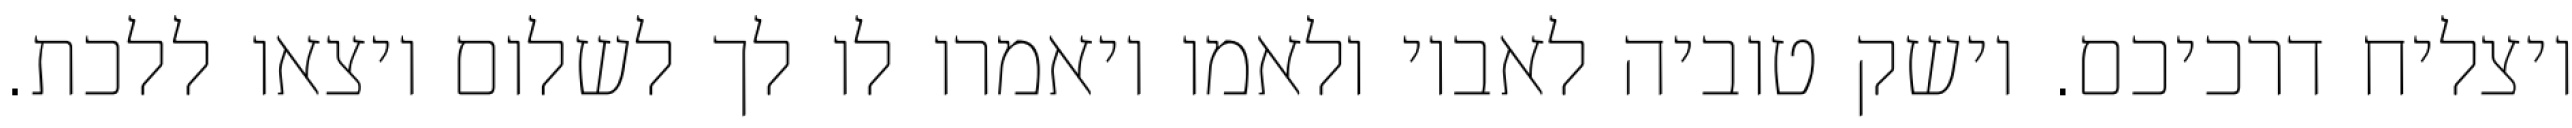
ויצליח דרכיכם. וישק טוביה לאביו ולאמו ויאמרו לו לך לשלום ויצאו ללכת.